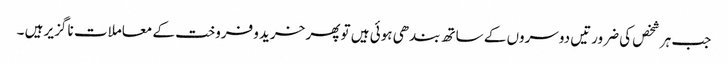
جب ہر شخص کی ضرورتیں دوسروں کے ساتھ بندھی ہوئی ہیں تو پھر خرید وفروخت کے معاملات نا گزیر ہیں ۔